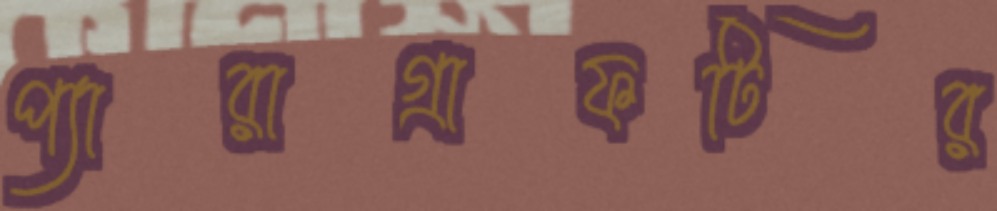
প্যারাগ্রাফটির